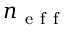
n _ { \mathrm { ~ e ~ f ~ f ~ } }